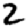
Digit: 2